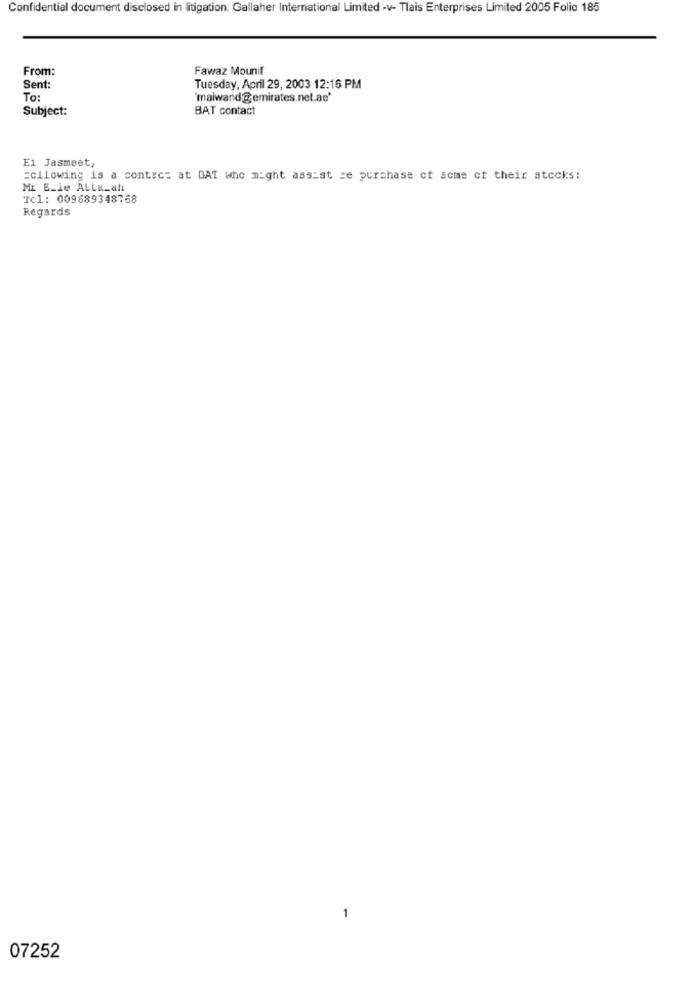
Confidential document disclosed in litigation: Gallaher International Limited -v- Tlais Enterprises Limited 2005 Folio 185
From:
Fawaz Mounif
Sent:
Tuesday, April 29, 2003 12:16 PM
To:
'maiwand@ emirates.net.ae'
Subject:
BAT contact
Ei Jasmeet,
#cllowing is a contact at DAT who might assist re purchase ct acme ct their stocks:
ME E_le ALLE_ah
Tcl: 009689348768
Regards
07252